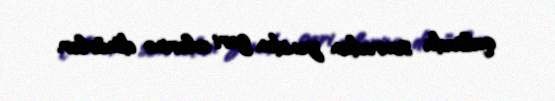
qalsada sonradan yenidən geri evlərinə dönürlər.